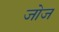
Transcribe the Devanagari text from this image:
जोज